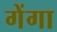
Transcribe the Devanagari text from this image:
गेंगा